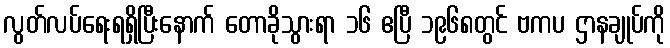
လွတ်လပ်ရေးရရှိပြီးနောက် တောခိုသွားရာ ၁၆ ဧပြီ ၁၉၆၈တွင် ဗကပ ဌာနချုပ်ကို